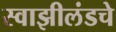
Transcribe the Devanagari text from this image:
स्वाझीलंडचे